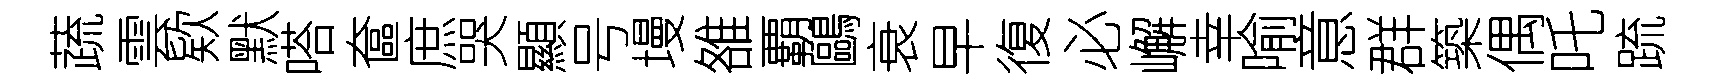
蔬雲欵默嗒奩庶哭顯号墁雒覇鷗衰早復必嶰幸喻意群築偶吒䟽